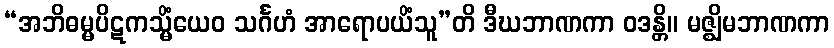
“အဘိဓမ္မပိဋကသ္မိံယေဝ သင်္ဂဟံ အာရောပယိံသူ”တိ ဒီဃဘာဏကာ ဝဒန္တိ။ မဇ္ဈိမဘာဏကာ